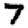
Digit: 7